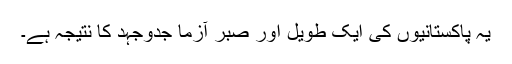
یہ پاکستانیوں کی ایک طویل اور صبر آزما جدوجہد کا نتیجہ ہے۔